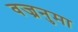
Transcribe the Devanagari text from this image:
वज्रनुमा